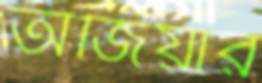
অজিয়ার